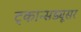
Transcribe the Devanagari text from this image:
ट्कान्सड्यूसर